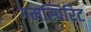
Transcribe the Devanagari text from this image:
गमस्पिरिट